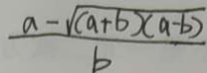
\frac { a - \sqrt { ( a + b } ) ( a - b ) } { b }